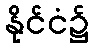
နိုင်ငံ၌